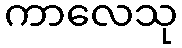
ကာလေသု